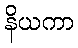
နိယကာ